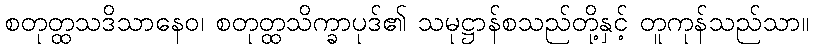
စတုတ္ထသဒိသာနေဝ၊ စတုတ္ထသိက္ခာပုဒ်၏ သမုဋ္ဌာန်စသည်တို့နှင့် တူကုန်သည်သာ။